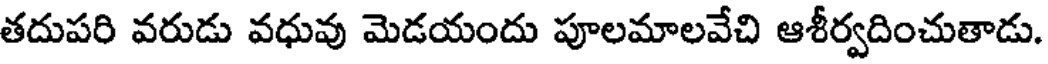
తదుపరి వరుడు వధువు మెడయందు పూలమాలవేచి ఆశీర్వదించుతాడు.